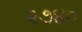
૨૭૪૦